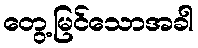
တွေ့မြင်သောအခါ